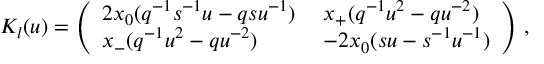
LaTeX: K _ { l } ( u ) = \left( \begin{array} { l l } { { 2 x _ { 0 } ( q ^ { - 1 } s ^ { - 1 } u - q s u ^ { - 1 } ) \; } } & { { x _ { + } ( q ^ { - 1 } u ^ { 2 } - q u ^ { - 2 } ) } } \\ { { x _ { - } ( q ^ { - 1 } u ^ { 2 } - q u ^ { - 2 } ) \; } } & { { - 2 x _ { 0 } ( s u - s ^ { - 1 } u ^ { - 1 } ) } } \end{array} \right) \, ,